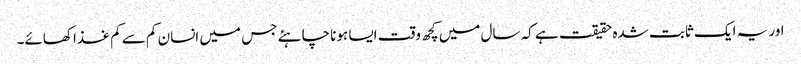
اور یہ ایک ثابت شدہ حقیقت ہے کہ سال میں کچھ وقت ایسا ہونا چاہئے جس میں انسان کم سے کم غذا کھائے۔